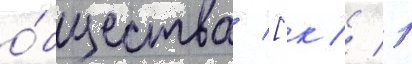
о́бщества [к // 1